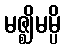
မဇ္ဈိမမ္ပိ